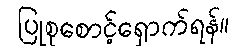
ပြုစုစောင့်ရှောက်ရန်။